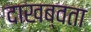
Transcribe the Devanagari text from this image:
दाखब्वता